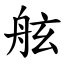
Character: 舷